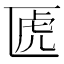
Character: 𠥶